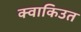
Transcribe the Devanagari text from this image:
क्वाकिउत